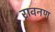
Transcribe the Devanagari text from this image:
रावनण